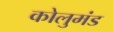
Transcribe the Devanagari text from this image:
कोलुमंड